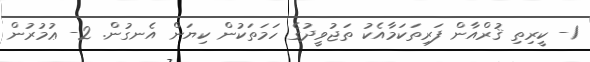
1- ކީރިތި ޤުރްއާން ފަރިތަކަމާއެކު ތަޖުވީދުގެ ހަމަތަކުން ކިޔަން އެނގުން. 2- ޢުމުރުން